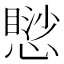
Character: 𢡸